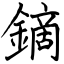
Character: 鏑